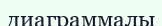
диаграммалы